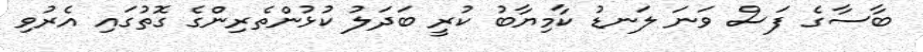
ބާސާގެ ފަސް ވަނަ ލަނޑު ކާމިޔާބު ކުރީ ބަދަލު ކުޅުންތެރިންގެ ގޮތުގައި އެރުވި